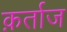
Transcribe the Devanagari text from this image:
क़र्ताज